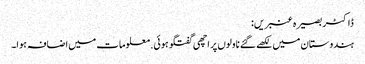
ڈاکٹر بصیرہ عنبریں:
ہندوستان میں لکھے گئے ناولوں پر اچھی گفتگو ہوئی. معلومات میں اضافہ ہوا۔